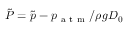
\tilde { P } = \tilde { p } - p _ { \mathrm { ~ a ~ t ~ m ~ } } / \rho g D _ { 0 }